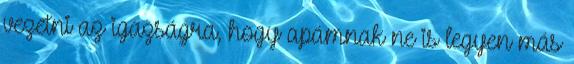
vezetni az igazságra, hogy apámnak ne is legyen más